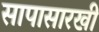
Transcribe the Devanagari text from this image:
सापासारखी